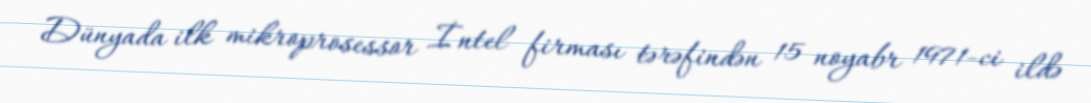
Dünyada ilk mikroprosessor İntel firması tərəfindən 15 noyabr 1971-ci ildə